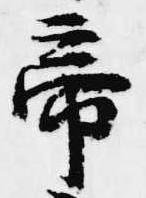
帝